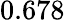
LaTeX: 0.678